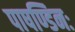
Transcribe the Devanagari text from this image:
पाषण्डिनः